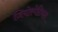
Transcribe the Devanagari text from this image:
जियोस्पेटियल